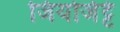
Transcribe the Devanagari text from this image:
जियोर्जट्टे